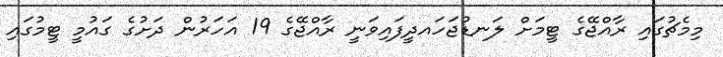
މިމެޗުގައި ރާއްޖޭގެ ޓީމަށް ލަނޑުޖަހައދީފައިވަނީ ރާއްޖޭގެ 19 އަހަރުން ދަށުގެ ގައުމީ ޓީމުގައި